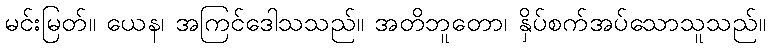
မင်းမြတ်။ ယေန၊ အကြင်ဒေါသသည်။ အတိဘူတော၊ နှိပ်စက်အပ်သောသူသည်။